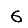
Digit: 6